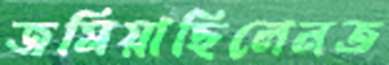
জমিয়াছিলেনত